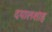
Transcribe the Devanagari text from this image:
दयालशाह